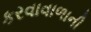
કરવાવાળાની